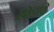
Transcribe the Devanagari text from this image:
छोडावे